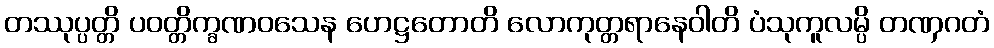
တဿုပ္ပတ္တိ ပဝတ္တိက္ခဏဝသေန ဟေဋ္ဌတောတိ လောကုတ္တရာနေဝါတိ ပံသုကူလမ္ပိ တဏှဂတံ